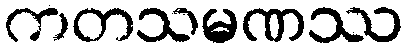
ကတသမဏဿ